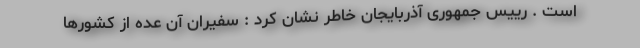
است . رییس جمهوری آذربایجان خاطر نشان کرد : سفیران آن عده از کشورها